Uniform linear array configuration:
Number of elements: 64
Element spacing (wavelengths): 0.5
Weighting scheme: blackman
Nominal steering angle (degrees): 15
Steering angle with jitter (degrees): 14.636
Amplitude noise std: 0.05
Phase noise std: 0.05

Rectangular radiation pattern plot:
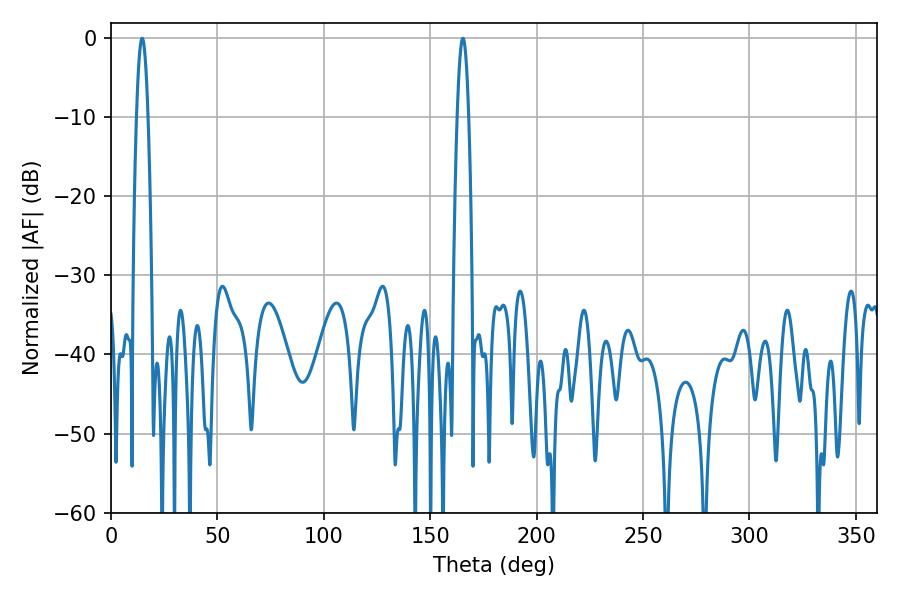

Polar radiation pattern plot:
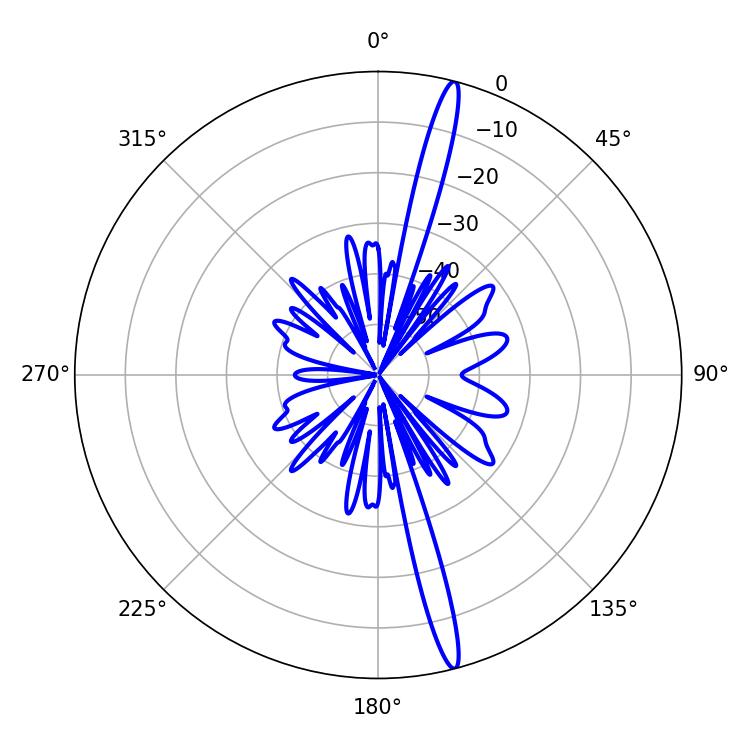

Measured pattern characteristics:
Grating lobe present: FALSE
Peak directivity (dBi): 18.413
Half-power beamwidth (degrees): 2.88
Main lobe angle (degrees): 14.58